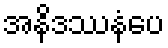
အနိဒဿနံပေ